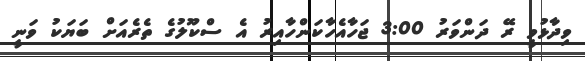
ވިދާޅުވީ ރޭ ދަންވަރު 3:00 ޖަހާއެހާކަންހާއިރު އެ ސްކޫލުގެ ތެރެއަށް ބަޔަކު ވަނީ